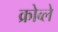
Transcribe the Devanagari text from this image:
क्रोव्ले